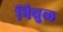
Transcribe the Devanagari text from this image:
निचुल